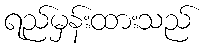
ရည်မှန်းထားသည်